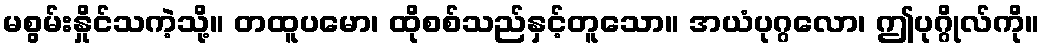
မစွမ်းနှိုင်သကဲ့သို့။ တထူပမော၊ ထိုစစ်သည်နှင့်တူသော။ အယံပုဂ္ဂလော၊ ဤပုဂ္ဂိုလ်ကို။